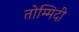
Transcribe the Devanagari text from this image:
तोम्मिदी